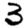
Digit: 3